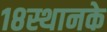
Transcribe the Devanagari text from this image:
१८स्थानके